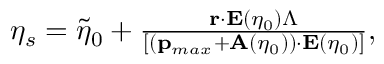
\begin{array} { r } { \eta _ { s } = \tilde { \eta } _ { 0 } + \frac { \mathbf { r } \cdot \mathbf { E } ( \eta _ { 0 } ) \Lambda } { [ ( \mathbf { p } _ { m a x } + \mathbf { A } ( \eta _ { 0 } ) ) \cdot \mathbf { E } ( \eta _ { 0 } ) ] } , } \end{array}